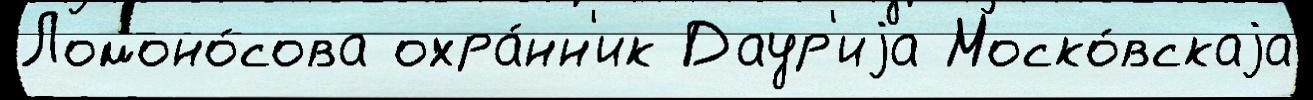
Ломоно́сова охра́нн'ик Даур'иjа Моско́вскаjа